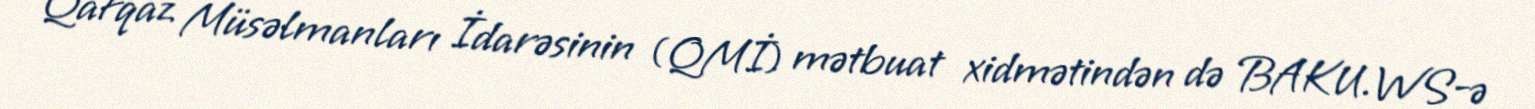
Qafqaz Müsəlmanları İdarəsinin (QMİ) mətbuat xidmətindən də BAKU.WS-ə